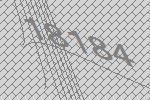
18184